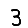
Digit: 3